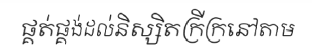
ផ្គត់ផ្គង់ដល់និស្សិតក្រីក្រនៅតាម